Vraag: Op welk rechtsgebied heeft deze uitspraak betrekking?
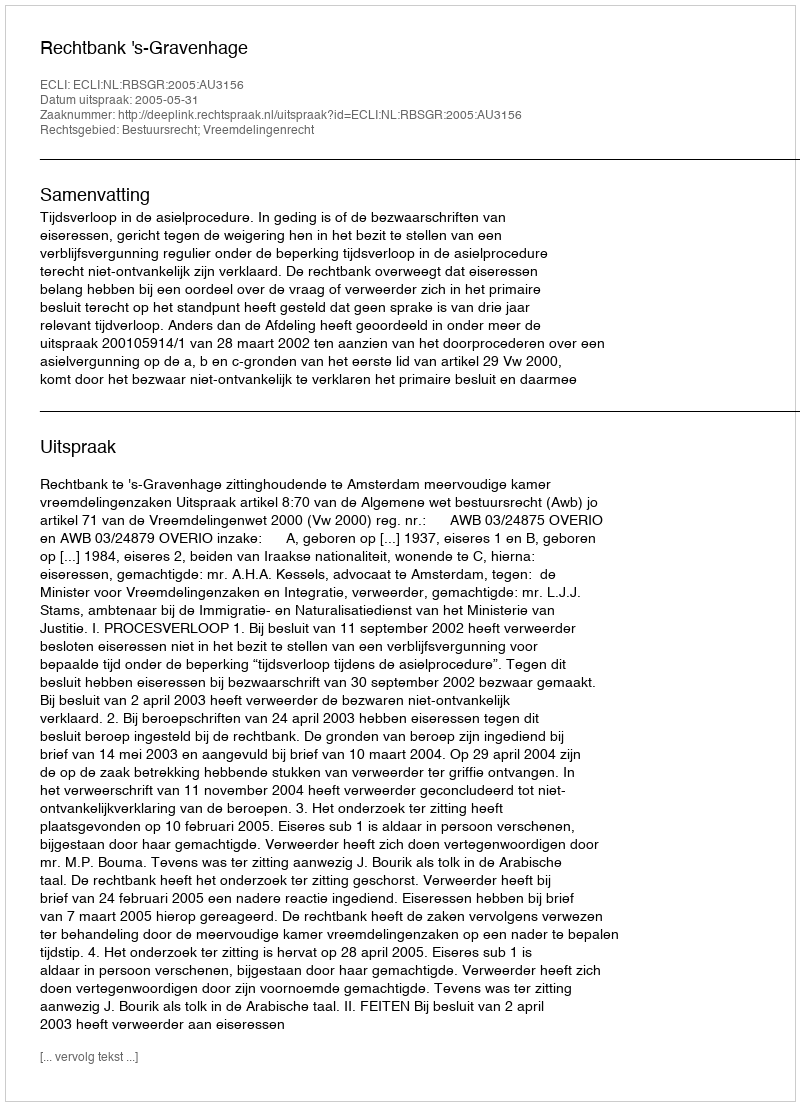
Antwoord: Bestuursrecht; Vreemdelingenrecht